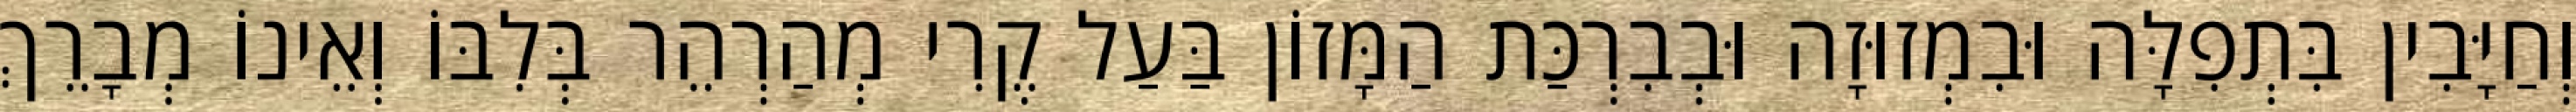
וְחַיָּבִין בִּתְפִלָּה וּבִמְזוּזָה וּבְבִרְכַּת הַמָּזוֹן בַּעַל קֶרִי מְהַרְהֵר בְּלִבּוֹ וְאֵינוֹ מְבָרֵךְ